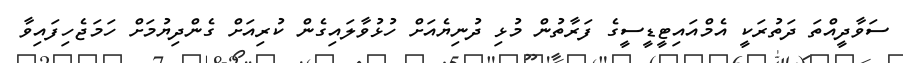
ސަވާދީއްތަ ދަތުރަކީ އެމްއައިޓީޑީސީގެ ފަރާތުން މުޅި ދުނިޔެއަށް ހުޅުވާލައިގެން ކުރިއަށް ގެންދިޔުމަށް ހަމަޖެހިފައިވާ